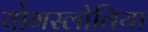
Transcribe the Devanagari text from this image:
योगस्लोविया